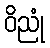
ဝိညုံ